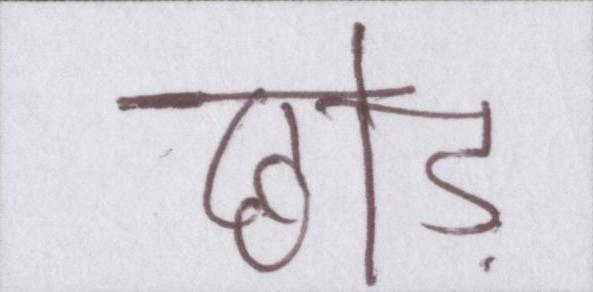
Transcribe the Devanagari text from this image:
छोड़